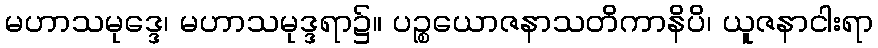
မဟာသမုဒ္ဒေ၊ မဟာသမုဒ္ဒရာ၌။ ပဉ္စယောဇနာသတိကာနိပိ၊ ယူဇနာငါးရာ